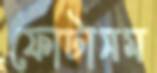
ফোটাসম